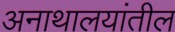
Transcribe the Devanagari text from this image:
अनाथालयांतील